Civil Veterinary Dept. North-West Frontier Province 1901-22 - 1901-1922
Year: 1901
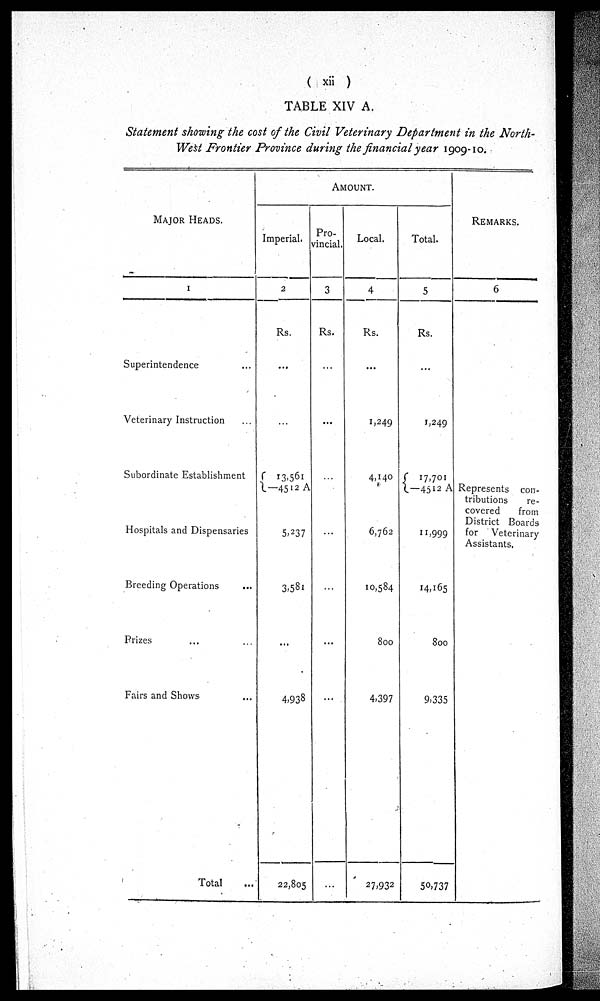
(xii)
TABLE XIV A.
Statement showing the cost of the Civil Veterinary Department in the North
West Frontier Province during the financial year 1909-10.
MAJOR HEADS.
1
Superintendence ...
Veterinary Instruction ...
Subordinate Establishment
Hospitals and Dispensaries
Breeding Operations ...
Prizes ... ...
Fairs and Shows ...
Total ...
AMOUNT.
Imperial.
2
Rs.
...
...
13,561
—4512 A
5,237
3,581
...
4,938
22,805
Pro-
vincial.
3
Rs.
...
...
...
...
...
...
...
...
Local.
4
Rs.
...
1,249
4,140
6,762
10,584
800
4,397
27,932
Total.
5
Rs.
...
1,249
17,701
—4512 A
11,999
14,165
800
9,335
50,737
REMARKS.
6
Represents con-
tributions
re-
covered
from
District Boards
for Veterinary
Assistants.